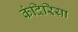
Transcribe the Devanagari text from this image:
कंदिरिया